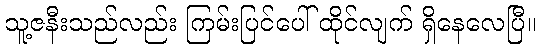
သူ့ဇနီးသည်လည်း ကြမ်းပြင်ပေါ် ထိုင်လျက် ရှိနေလေပြီ။